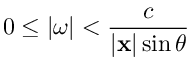
0 \leq | { \boldsymbol { \omega } } | < { \frac { c } { | \mathbf { x } | \sin \theta } }